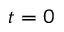
t = 0